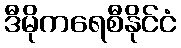
ဒီမိုကရေစီနိုင်ငံ